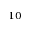
^ { 1 0 }